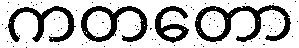
ကတတော